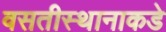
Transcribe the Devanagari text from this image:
वसतीस्थानाकडे